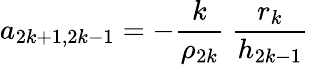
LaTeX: a_{2k+1,2k-1}=-\frac{k}{\rho_{2k}}\ \frac{r_{k}}{h_{2k-1}}